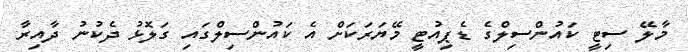
މާލޭ ސިޓީ ކައުންސިލްގެ ޑެޕިއުޓީ މޭޔަރަކަށް އެ ކައުންސިލްގައި ގަލޮޅު ދެކުނު ދާއިރާ